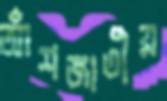
আঁশজাতীয়